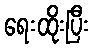
ရေးထိုးပြီး